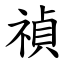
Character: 禎